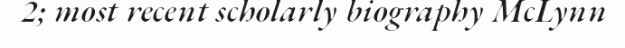
2; most recent scholarly biography McLynn